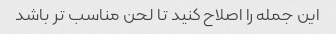
این جمله را اصلاح کنید تا لحن مناسب تر باشد